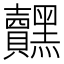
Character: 𮮟